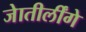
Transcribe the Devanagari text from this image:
जेातीर्लींगे